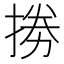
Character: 𢮙